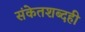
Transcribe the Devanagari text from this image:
संकेतशब्दही